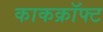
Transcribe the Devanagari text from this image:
काकक्रॉफ्ट